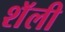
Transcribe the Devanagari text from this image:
शॅली